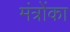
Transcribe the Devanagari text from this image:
मंत्रोंका